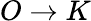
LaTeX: O\to K